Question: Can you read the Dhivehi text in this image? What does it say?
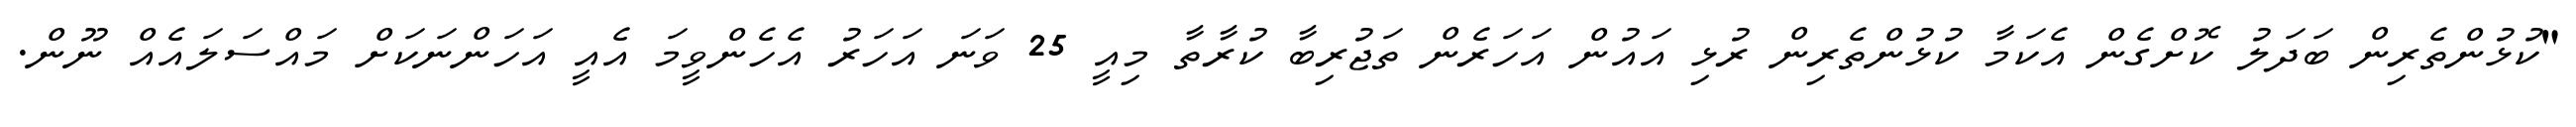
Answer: "ކުޅުންތެރިން ބަދަލު ކޮށްގެން އެކަމާ ކުޅުންތެރިން ރުޅި އައުން އަހަރެން ތަޖުރިބާ ކުރާތާ މިއީ 25 ވަނަ އަހަރު އެހެންވީމަ އެއީ އަހަންނަކަށް މައްސަލައެއް ނޫން.